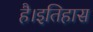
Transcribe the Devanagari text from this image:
है।इतिहास